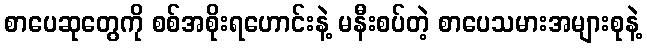
စာပေဆုတွေကို စစ်အစိုးရဟောင်းနဲ့ မနီးစပ်တဲ့ စာပေသမားအများစုနဲ့